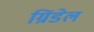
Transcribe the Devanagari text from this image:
ग्रिंडेल